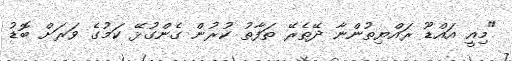
"މިއީ އައްޑޫ ރައްޔިތުންނާ ދޭތެރޭ ތަފާތު ކުރުން ގެންގުޅޭ ކަމުގެ ވަރަށް ބޮޑު